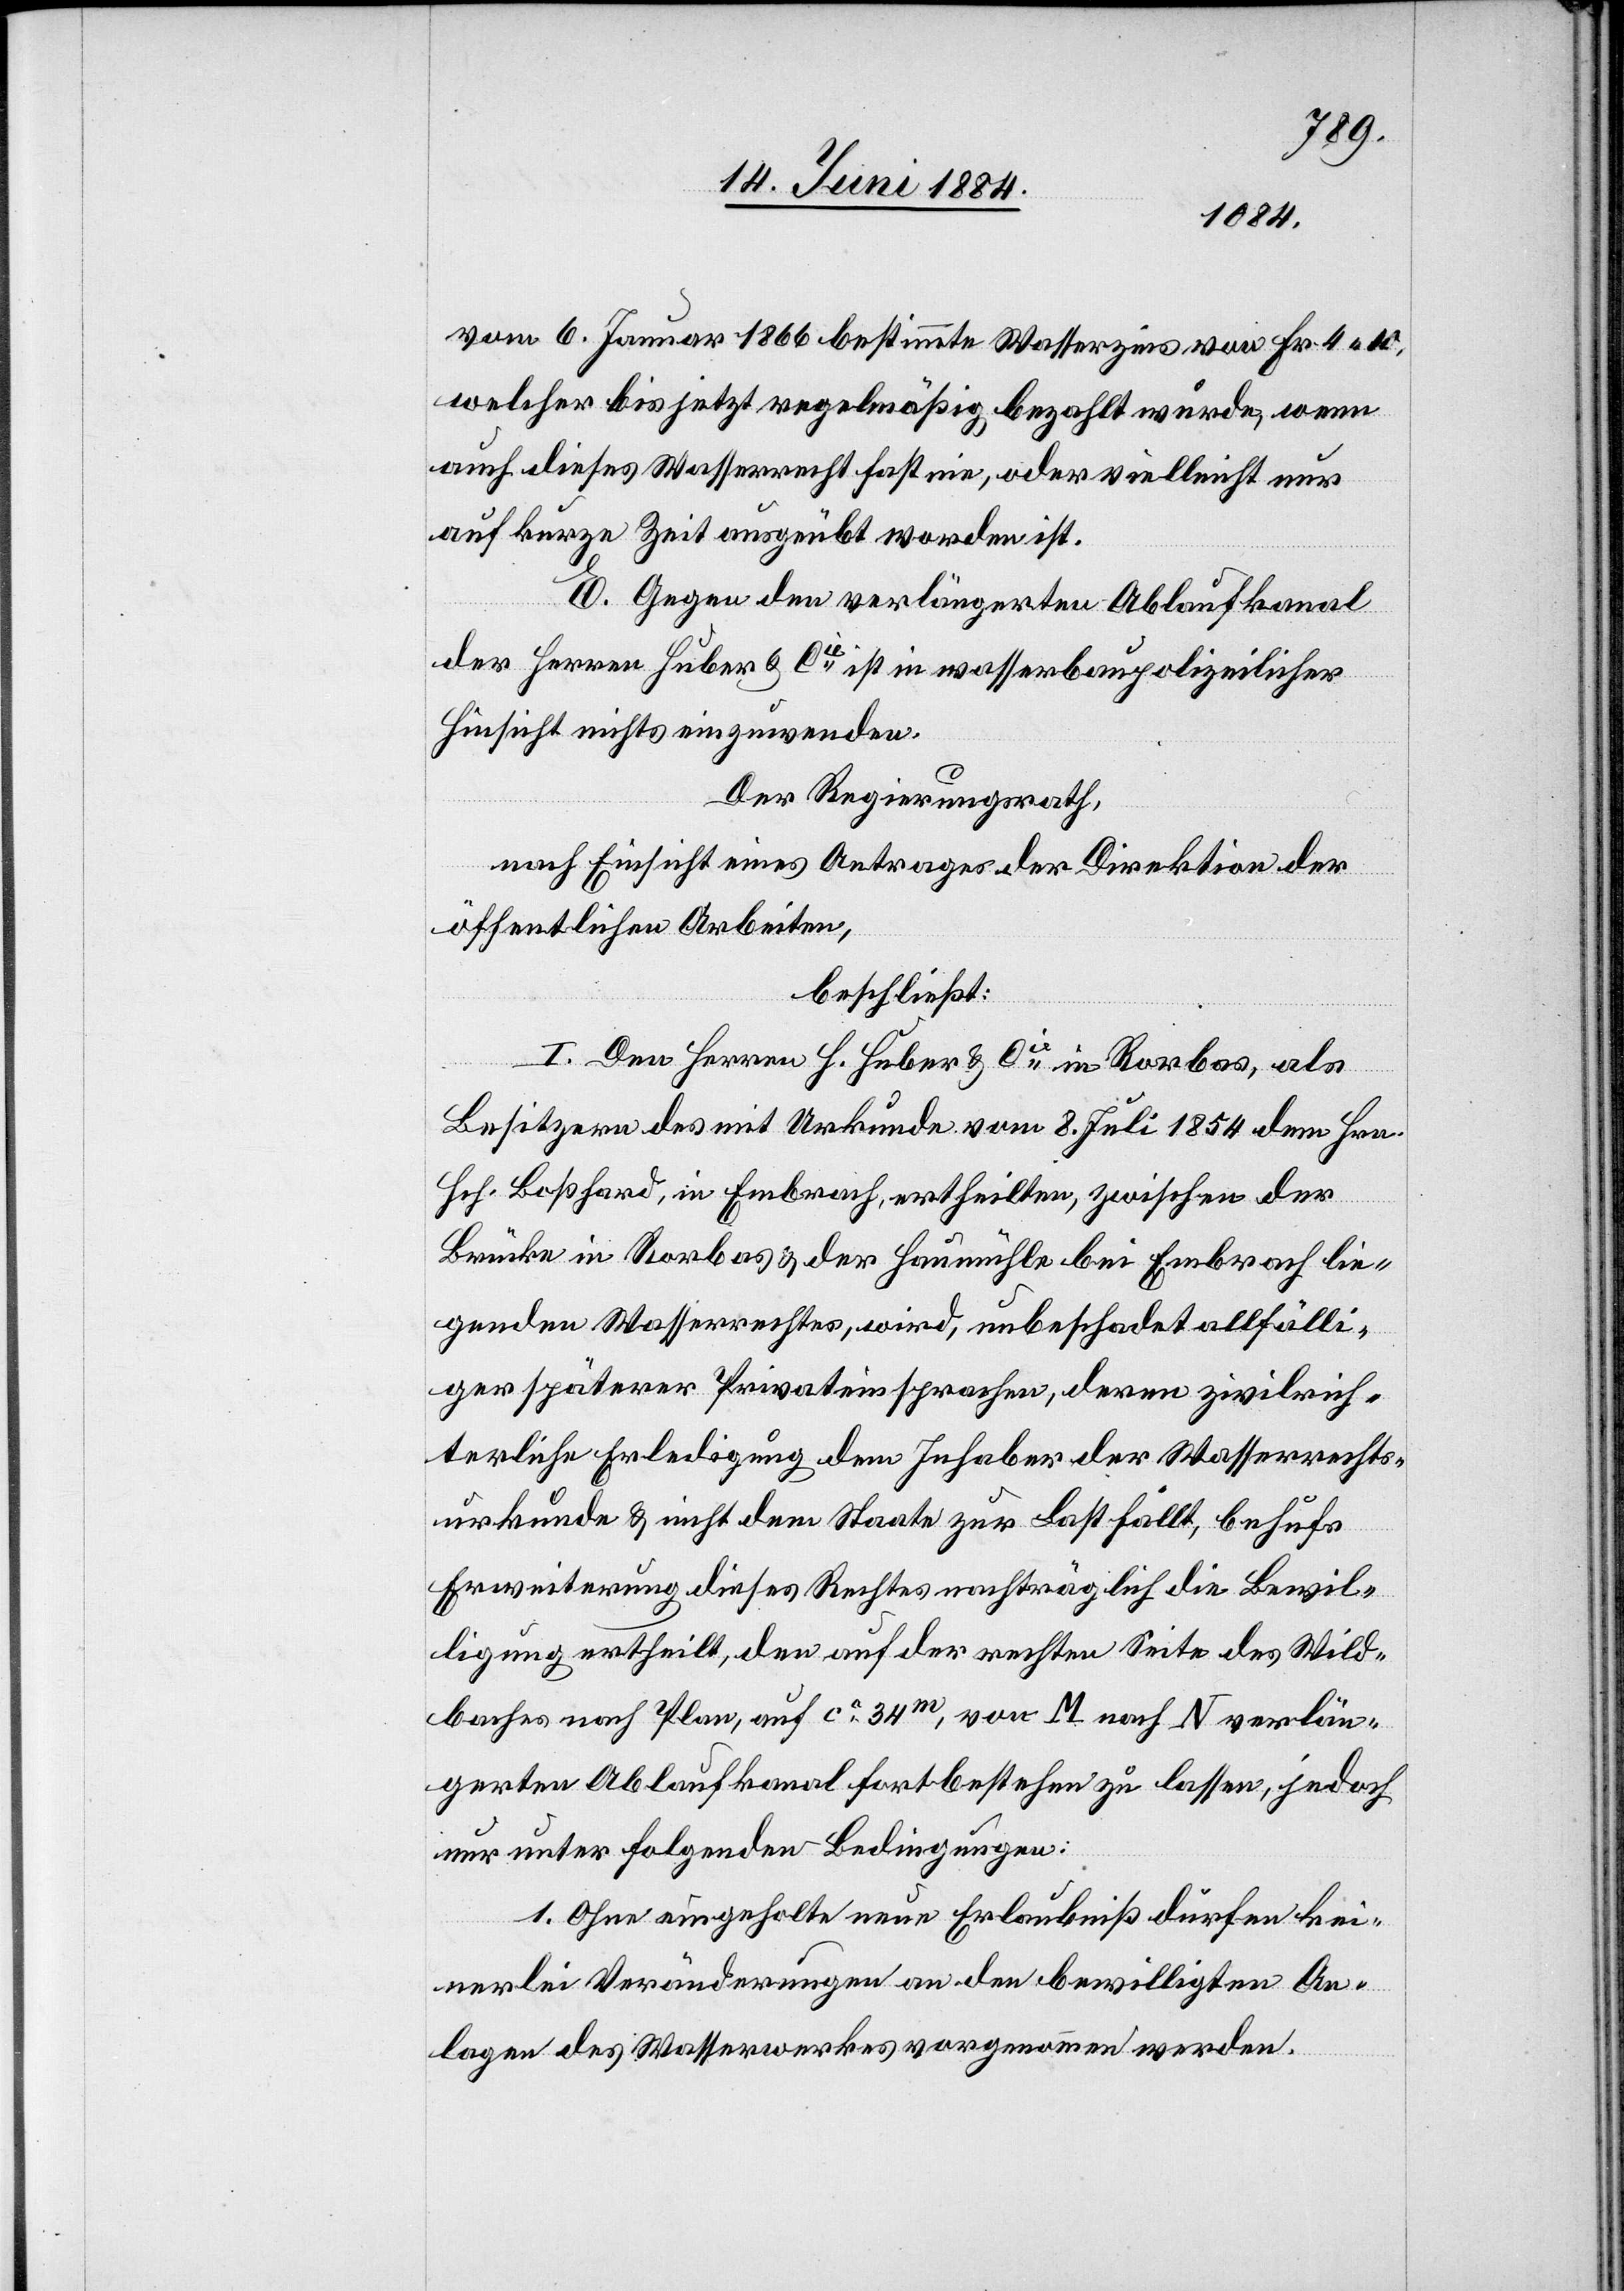
vom 6. Januar 1866 bestimmte Wasserzins von Fr. 4 10,
welcher bis jetzt regelmäßig bezahlt wurde, wenn
auch dieses Wasserrecht fast nie, oder vielleicht nur
auf kurze Zeit ausgeübt worden ist.
E. Gegen den verlängerten Ablaufkanal
der Herren Huber & Cie ist in wasserbaupolizeilicher
Hinsicht nichts einzuwenden.
Der Regierungsrath,
nach Einsicht eines Antrages der Direktion der
öffentlichen Arbeiten,
beschließt:
I. Den Herren H. Huber & Cie in Rorbas, als
Besitzern des mit Urkunde vom 8. Juli 1854 dem Hrn.
Hch. Boßhard, in Embrach, ertheilten, zwischen der
Brücke in Rorbas & der Baumühle bei Embrach lie¬
genden Wasserrechtes, wird, unbeschadet allfälli¬
ger späterer Privateinsprachen, deren zivilrich¬
terliche Erledigung dem Inhaber der Wasserrechts¬
urkunde & nicht dem Staate zur Last fällt, behufs
Erweiterung dieses Rechtes nachträglich die Bewil¬
ligung ertheilt, den auf der rechten Seite des Wild¬
baches nach Plan, auf ca 34m, von M nach N verlän¬
gerten Ablaufkanal fortbestehen zu lassen, jedoch
nur unter folgenden Bedingungen.
1. Ohne eingeholte neue Erlaubniß dürfen kei¬
nerlei Veränderungen an den bewilligten An¬
lagen des Wasserwerkes vorgenommen werden.